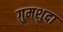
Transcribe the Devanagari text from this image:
ग़ुमशुदा